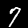
Digit: 7